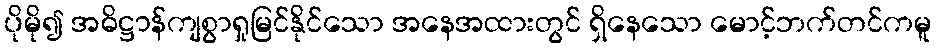
ပိုမို၍ အဓိဋ္ဌာန်ကျစွာရှုမြင်နိုင်သော အနေအထားတွင် ရှိနေသော မောင့်ဘက်တင်ကမူ